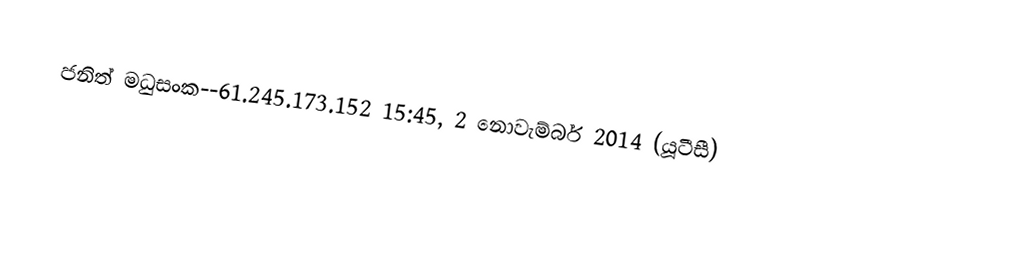
ජනිත් මධුසංක--61.245.173.152 15:45, 2 නොවැම්බර් 2014 (යූටීසී)